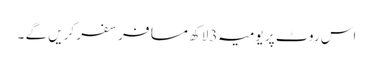
اس روٹ پر یومیہ 3لاکھ مسافر سفر کریں گے ۔